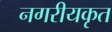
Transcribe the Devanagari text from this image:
नगरीयकृत